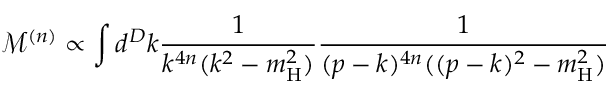
\mathcal { M } ^ { ( n ) } \propto \int d ^ { D } k \frac { 1 } { k ^ { 4 n } ( k ^ { 2 } - m _ { \mathrm { H } } ^ { 2 } ) } \frac { 1 } { ( p - k ) ^ { 4 n } ( ( p - k ) ^ { 2 } - m _ { \mathrm { H } } ^ { 2 } ) }